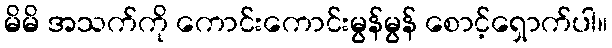
မိမိ အသက်ကို ကောင်းကောင်းမွန်မွန် စောင့်ရှောက်ပါ။